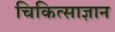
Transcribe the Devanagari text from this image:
चिकित्साज्ञान